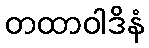
တထာဝါဒိနံ